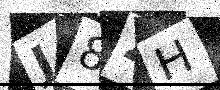
Text: J8ZH